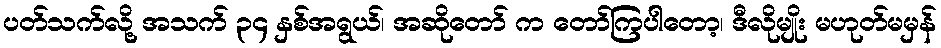
ပတ်သက်လို့ အသက် ၃၄ နှစ်အရွယ်၊ အဆိုတော် က တော်ကြပါတော့၊ ဒီလိုမျိုး မဟုတ်မမှန်